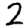
Digit: 2